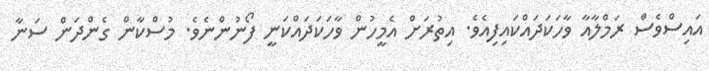
އައިސްވެސް ރަމްލާއާ ވާހަކަދައްކައިފިއެވެ. އިތުރަށް އެމީހުން ވާހަކަދައްކަނީ ފޯނުންނެވެ. މުސްކާން ގެންދަން ސަނާ